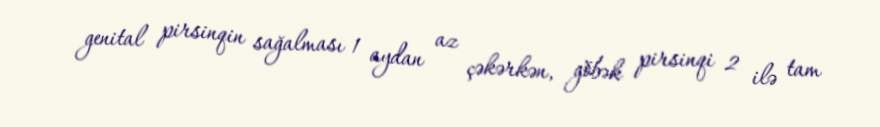
genital pirsinqin sağalması 1 aydan az çəkərkən, göbək pirsinqi 2 ilə tam